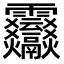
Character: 𩇒